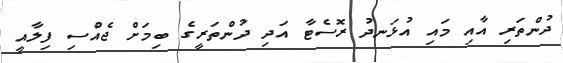
ދުންތަރި އާއި މައި އުޅަނދު ރޮސެޓާ އަދި ދުންތަރީގެ ބިމަށް ޖެއްސި ފިލާއީ